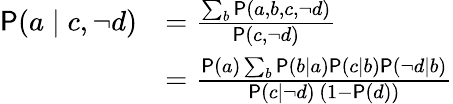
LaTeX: \begin{array}{rl}{\mathsf P(a\mid c,\lnot d)}&{=\frac{\sum_{b}\mathsf P(a,b,c,\lnot d)}{\mathsf P(c,\lnot d)}}\\ &{=\frac{\mathsf P(a)\sum_{b}\mathsf P(b\mid a)\mathsf P(c\mid b)\mathsf P(\lnot d\mid b)}{\mathsf P(c\mid\lnot d)\, (1-\mathsf P(d))}}\end{array}